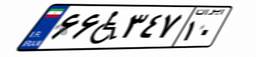
۶۶W۳۴۷۱۰